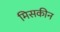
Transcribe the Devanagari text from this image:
मिसकीन